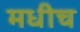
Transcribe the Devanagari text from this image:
मधीच